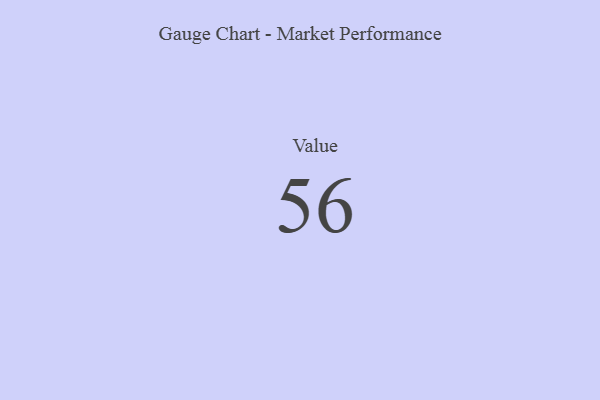
{"axis": {"x": "Metric", "y": "Value"}, "legend": [""], "data": [{"x": "Value", "y": 56, "type": ""}]}